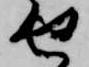
せ